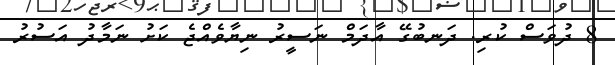
8 ދުވަސް ކުރި. ދަނބުގޭ އާދަމް ނަސީރު ނިޔާވެއްޖެ ކަށު ނަމާދު އަސުރު